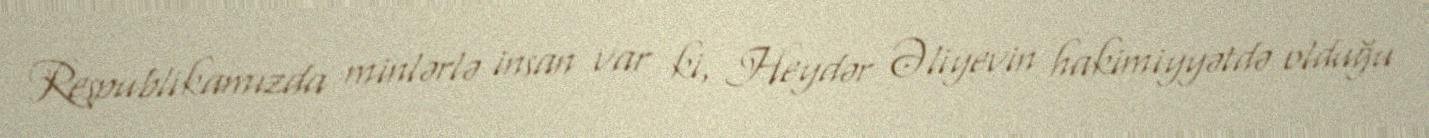
Respublikamızda minlərlə insan var ki, Heydər Əliyevin hakimiyyətdə olduğu